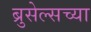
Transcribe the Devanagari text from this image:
ब्रुसेल्सच्या